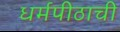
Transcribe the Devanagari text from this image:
धर्मपीठाची